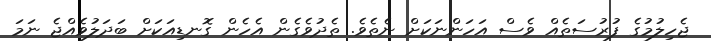
ޖެހިލުމުގެ ފުރުސަތެއް ވެސް އަހަންނަކަށް ނެތެވެ. ތެދުވެގެން އެހެން ގޮނޑިއަކަށް ބަދަލުވެއްޖެ ނަމަ